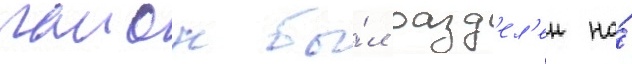
раион бы́л разд'ел'ен на́